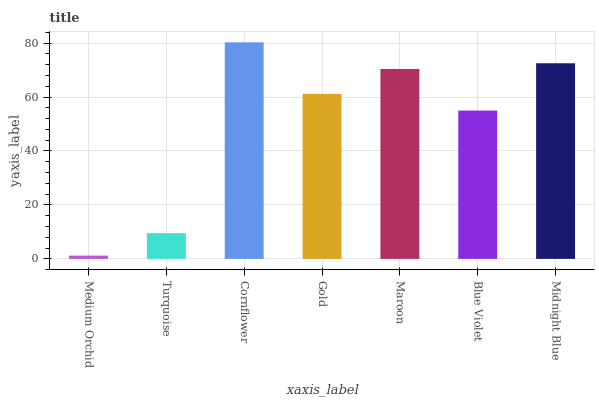
| xaxis_label | bars |
 | --- | --- |
 | Medium Orchid | 1.21 |
 | Turquoise | 9.54 |
 | Cornflower | 80.3 |
 | Gold | 61.2 |
 | Maroon | 70.4 |
 | Blue Violet | 55 |
 | Midnight Blue | 72.5 |